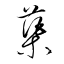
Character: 蕖